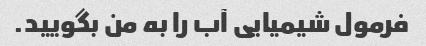
فرمول شیمیایی آب را به من بگویید.